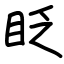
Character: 眨